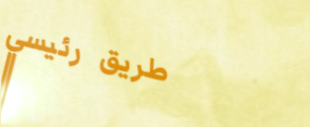
طريق رئيسي